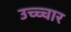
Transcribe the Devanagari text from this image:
उच्च्चार